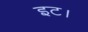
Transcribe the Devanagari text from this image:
इट।